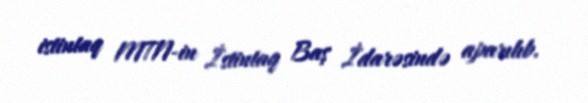
istintaq MTN-in İstintaq Baş İdarəsində aparılıb.